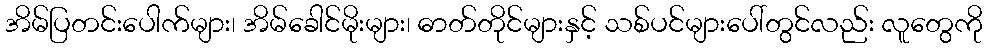
အိမ်ပြတင်းပေါက်များ၊ အိမ်ခေါင်မိုးများ၊ ဓာတ်တိုင်များနှင့် သစ်ပင်များပေါ်တွင်လည်း လူတွေကို